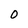
Character: O